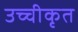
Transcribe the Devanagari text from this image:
उच्‍चीकृत